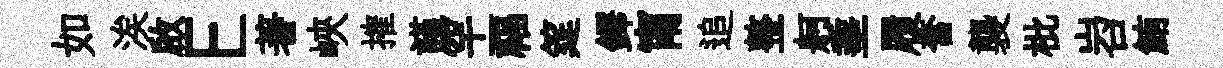
如涘啟E著峽搉謹罕福筵鐸甯追整舸埀履奮襲枇岧鮪